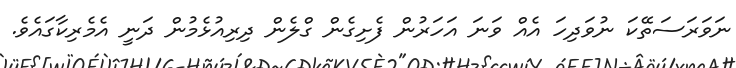
ނަވަރަސަތޭކަ ނުވަދިހަ އެއް ވަނަ އަހަރުން ފެށިގެން ގްލެން ދިރިއުޅެމުން ދަނީ އެމެރިކާގައެވެ.